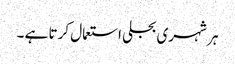
ہر شہری بجلی استعمال کرتا ہے ۔